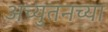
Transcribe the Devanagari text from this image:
अच्युतनच्या